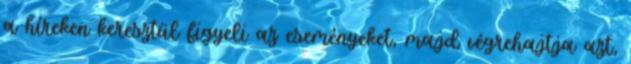
a híreken keresztül figyeli az eseményeket, majd végrehajtja azt,